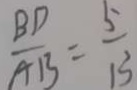
\frac { B D } { A B } = \frac { 5 } { 1 3 }